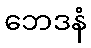
ဘေဒနံ